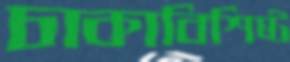
চাকাবিশিষ্ট